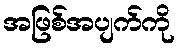
အဖြစ်အပျက်ကို